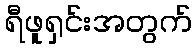
ရီဖူရှင်းအတွက်